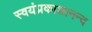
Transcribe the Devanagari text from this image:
स्वयंप्रकाशानन्द